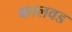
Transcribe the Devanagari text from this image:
कालवड